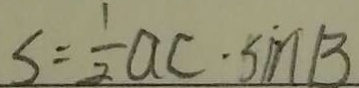
S = \frac { 1 } { 2 } a c \cdot \sin B